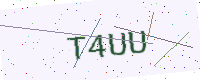
Text: T4UU